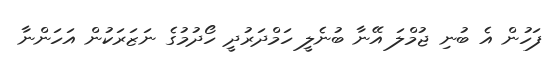
ފަހުން އެ ބުނި ޖުމްލަ އޭނާ ބުނެލީ ހަމްދަރުދީ ހޯދުމުގެ ނަޒަރަކުން އަހަންނާ